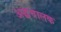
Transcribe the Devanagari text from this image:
अद्धचालक